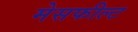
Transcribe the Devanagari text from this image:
मेसफील्ट